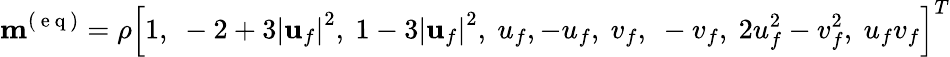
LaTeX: \mathbf{m}^{(\mathrm{~e~q~})}=\rho\left[1,\ -2+3\left|\mathbf{u}_{f}\right|^{2},\ 1-3\left|\mathbf{u}_{f}\right|^{2},\ u_{f},-u_{f},\ v_{f},\ -v_{f},\ 2u_{f}^{2}-v_{f}^{2},\ u_{f}v_{f}\right]^{T}